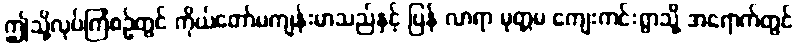
ဤသို့လုပ်ကြံစဉ်တွင် ကိုယ်တော်မကျန်းမာသည်နှင့် ပြန် လာရာ မုတ္တမ ကျေးကင်းရွာသို့ အရောက်တွင်